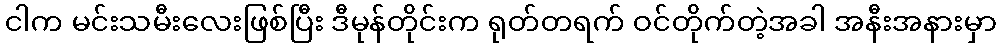
ငါက မင်းသမီးလေးဖြစ်ပြီး ဒီမုန်တိုင်းက ရုတ်တရက် ဝင်တိုက်တဲ့အခါ အနီးအနားမှာ